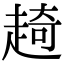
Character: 𧼘